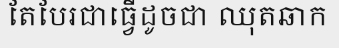
តែបែរជាធ្វើដូចជា ឈុតឆាក